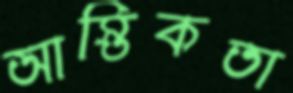
আস্তিকতা